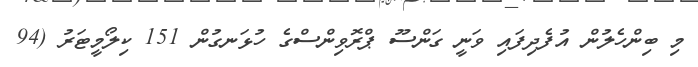
މި ބިންހެލުން އުފެދިފައި ވަނީ ގަންސޫ ޕްރޮވިންސްގެ ހުޅަނގުން 151 ކިލޯމީޓަރު (94